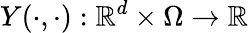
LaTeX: Y(\cdot,\cdot):\mathbb{R}^{d}\times\Omega\rightarrow\mathbb{R}